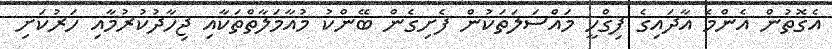
އެގޮތުން އެންމެ އާދައިގެ ފިގްހީ މައްސަލަތަކުން ފެށިގެން ބޭންކު މުއާމަލާތްތަކާއި ޖިހާދުކުރުމާއި ހަރުކަށި